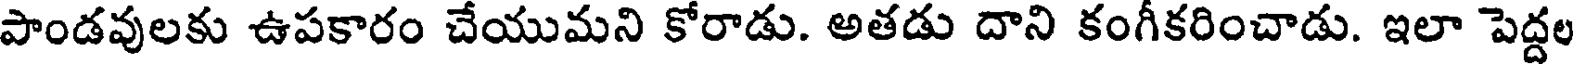
పాండవులకు ఉపకారం చేయుమని కోరాడు. అతడు దాని కంగీకరించాడు. ఇలా పెద్దల